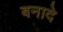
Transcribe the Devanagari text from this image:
बनादे